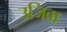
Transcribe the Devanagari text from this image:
उजिवा